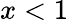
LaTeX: x<1